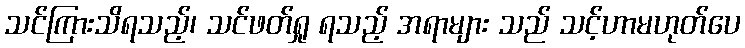
သင်ကြားသိရသည့်၊ သင်ဖတ်ရှု ရသည့် အရာများ သည် သင့်ဟာမဟုတ်ပေ